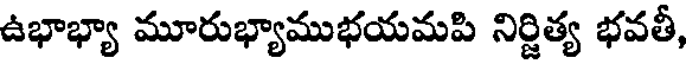
ఉభాభ్యా మూరుభ్యాముభయమపి నిర్జిత్య భవతీ,